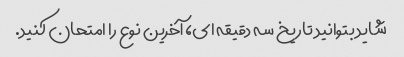
شاید بتوانید تاریخ سه دقیقه ای، آخرین نوع را امتحان کنید.